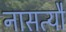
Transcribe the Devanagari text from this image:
नासत्यौ